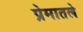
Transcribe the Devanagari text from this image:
प्रेमातले